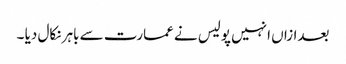
بعدازاں انہیں پولیس نے عمارت سے باہر نکال دیا ۔